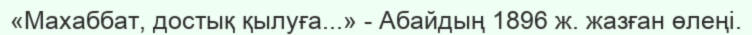
«Махаббат, достық қылуға...» - Абайдың 1896 ж. жазған өлеңі.